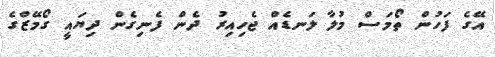
އޭގެ ފަހުން ތޯމަސް މުލާ ލަނޑެއް ޖެހިއިރު ދެން ފެނިގެން ދިޔައީ ގޯމޭޒްގެ